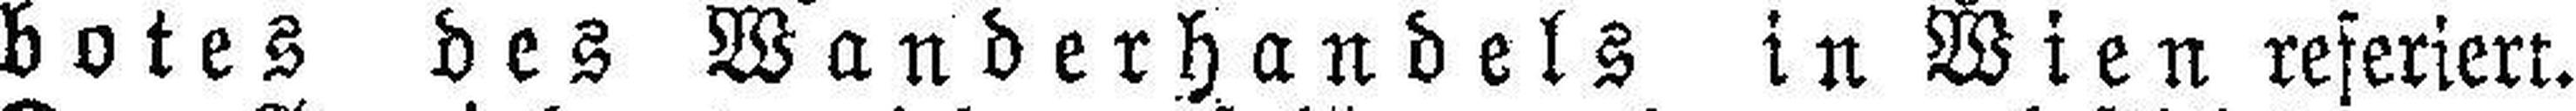
botes des Wanderhandels in Wien referiert.